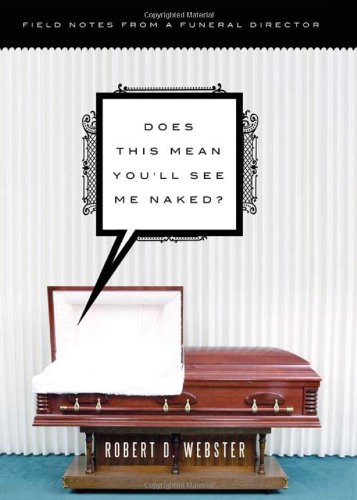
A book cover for Does This Mean You'll See Me Naked?: Field Notes from a Funeral Director; Robert Webster; Humor & Entertainment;